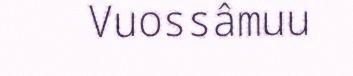
Vuossâmuu